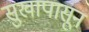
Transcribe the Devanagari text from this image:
सुखापासून